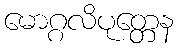
မောဂ္ဂလိပုတ္တေန